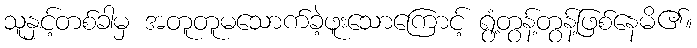
သူနှင့်တစ်ခါမှ အတူတူမသောက်ခဲ့ဖူးသောကြောင့် ရွံ့တွန့်တွန့်ဖြစ်နေမိ၏။